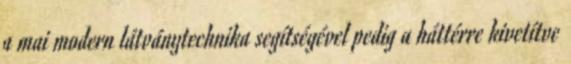
a mai modern látványtechnika segítségével pedig a háttérre kivetítve